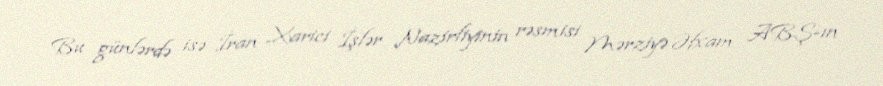
Bu günlərdə isə İran Xarici İşlər Nazirliyinin rəsmisi Mərziyə Əfxam ABŞ-ın